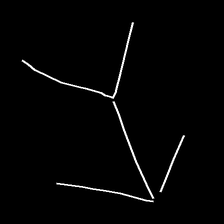
Glyph: gather